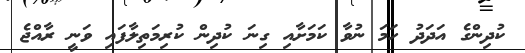
ކުދިންގެ އަދަދު ހަމަ ނުވާ ކަމަށާއި ގިނަ ކުދިން ކުރިމަތިލާފައި ވަނީ ރާއްޖެ